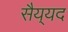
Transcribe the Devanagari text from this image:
सैय्‌यद